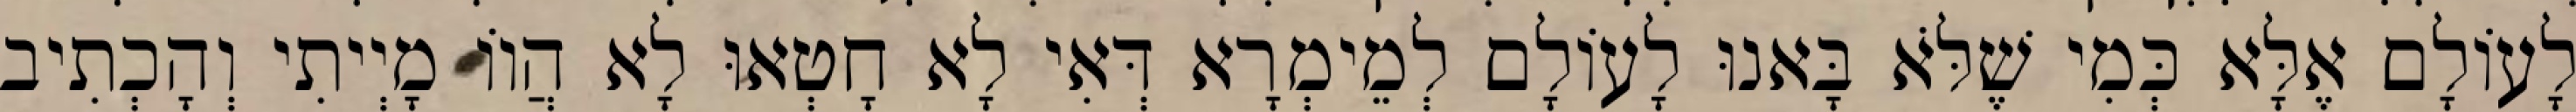
לָעוֹלָם אֶלָּא כְּמִי שֶׁלֹּא בָּאנוּ לָעוֹלָם לְמֵימְרָא דְּאִי לָא חָטְאוּ לָא הֲווֹ מָיְיתִי וְהָכְתִיב